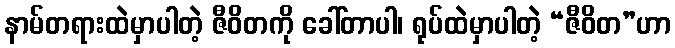
နာမ်တရားထဲမှာပါတဲ့ ဇီဝိတကို ခေါ်တာပါ၊ ရုပ်ထဲမှာပါတဲ့ “ဇီဝိတ”ဟာ